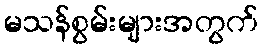
မသန်စွမ်းများအတွက်